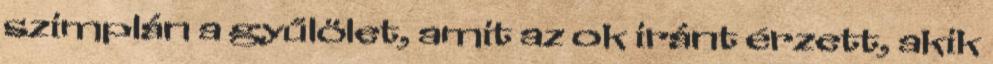
szimplán a gyűlölet, amit az ok iránt érzett, akik